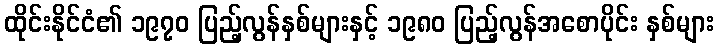
ထိုင်းနိုင်ငံ၏ ၁၉၇၀ ပြည့်လွန်နှစ်များနှင့် ၁၉၈၀ ပြည့်လွန်အစောပိုင်း နှစ်များ